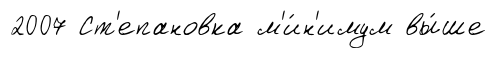
2007 Ст'епановка м'и́н'имум вы́ше